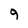
Character: 9